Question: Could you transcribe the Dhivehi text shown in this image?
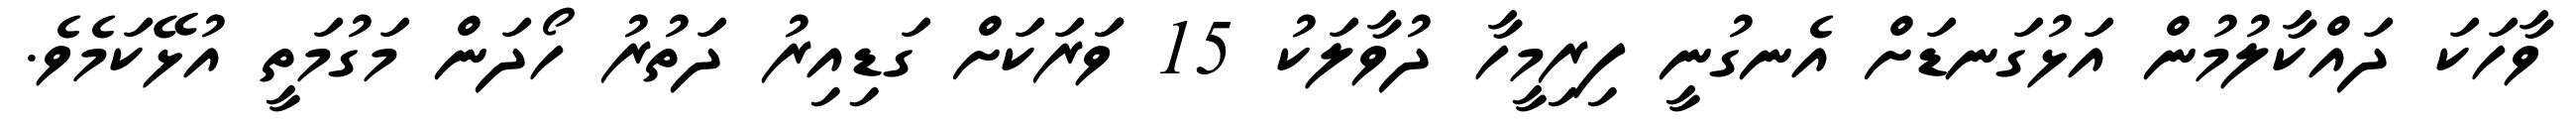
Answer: ވާހަކަ ދައްކާލުމުން އަޅުގަނޑަށް އެނގުނީ ފިރިމީހާ ދުވާލަކު 15 ވަަރަކަށް ގަޑިއިރު ދަތުރު ހޯދަން މަގުމަތީ އުޅޭކަމެވެ.